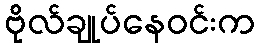
ဗိုလ်ချုပ်နေဝင်းက